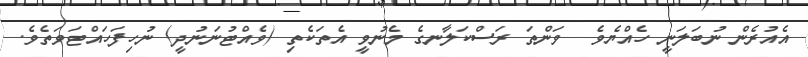
އެއުރެން ނުބަލަނީ ހެއްޔެވެ  ވަންތަ ރަސްކަލާނގެ މެނުވީ އެތަކެތި (ވެއްޓުނަނުދީ) ނުހިފަހައްޓަވަތެވެ.